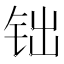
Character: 𨱄